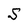
Character: S